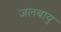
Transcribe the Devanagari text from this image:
जलबायु